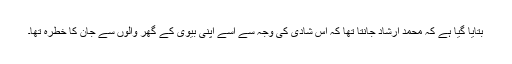
بتایا گیا ہے کہ محمد ارشاد جانتا تھا کہ اس شادی کی وجہ سے اسے اپنی بیوی کے گھر والوں سے جان کا خطرہ تھا۔